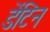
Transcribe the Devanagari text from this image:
डेंटिन